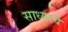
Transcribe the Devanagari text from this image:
साध्याचे